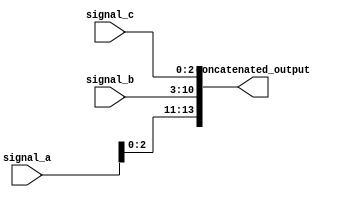
module concat_example (
    input wire [3:0] signal_a,    // 4-bit input signal
    input wire [7:0] signal_b,    // 8-bit input signal
    input wire [2:0] signal_c,    // 3-bit input signal
    output wire [13:0] concatenated_output // Output vector combining all input signals
);

// Continuous assignment to concatenate the input signals
assign concatenated_output = {signal_a, signal_b, signal_c}; // Concatenation

endmodule